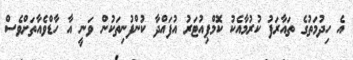
އެ ހިދުމަތުގެ ތައާރަފު ކުރުމާއެކު ކޮމްޕިއުޓަރު އުފައްދާ ކުންފުނިތަކުން ވަނީ އާ ހާޑްވެއާތަށްވެސް